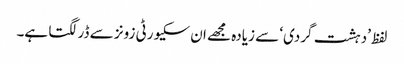
لفظ ’دہشت گردی‘ سے زیادہ مجھے ان سکیورٹی زونز سے ڈر لگتا ہے۔